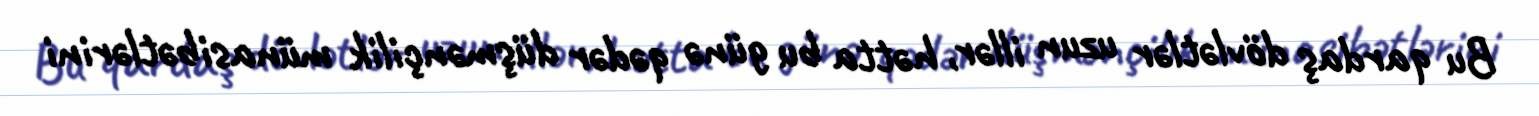
Bu qardaş dövlətlər uzun illər, hətta bu günə qədər düşmənçilik münasibətlərini